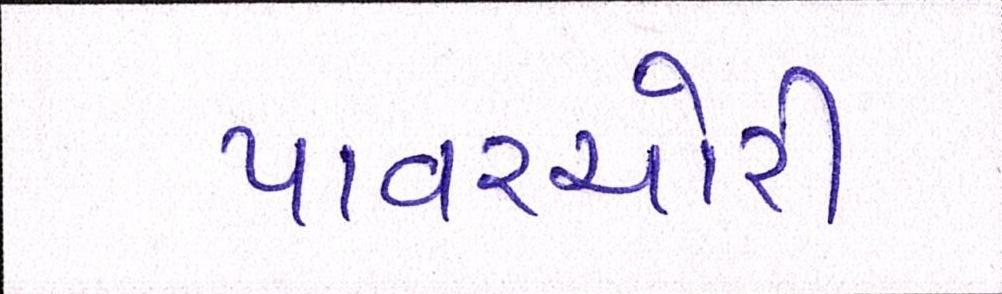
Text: પાવરચોરી